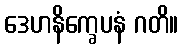
ဒေဟနိက္ခေပနံ ဂတိ။